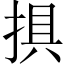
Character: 𢮭